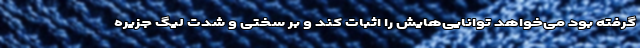
گرفته بود می‌خواهد توانایی‌هایش را اثبات کند و بر سختی و شدت لیگ جزیره